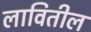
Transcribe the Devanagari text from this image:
लावितील